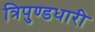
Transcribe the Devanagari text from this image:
त्रिपुण्डधारी